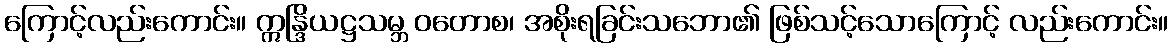
ကြောင့်လည်းကောင်း။ ဣန္ဒြိယဋ္ဌသမ္ဘ ဝတောစ၊ အစိုးရခြင်းသဘော၏ ဖြစ်သင့်သောကြောင့် လည်းကောင်း။